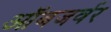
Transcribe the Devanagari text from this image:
ऑबजर्वर